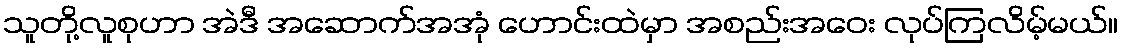
သူတို့လူစုဟာ အဲဒီ အဆောက်အအုံ ဟောင်းထဲမှာ အစည်းအဝေး လုပ်ကြလိမ့်မယ်။